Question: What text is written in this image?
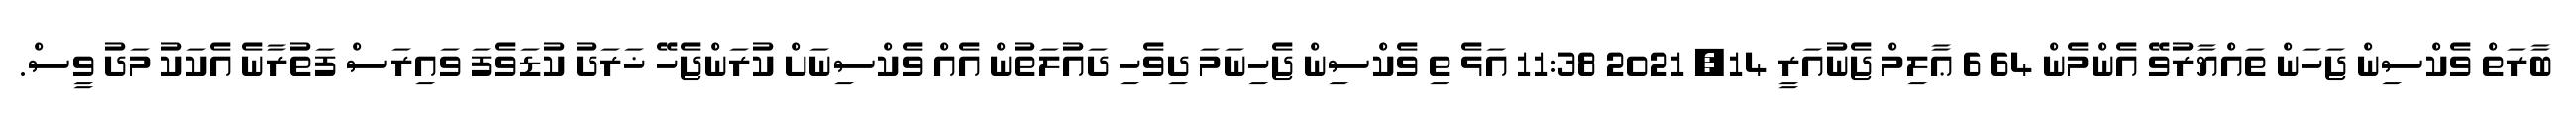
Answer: ބާރަތް ވެކްސިން ޖަހަން ތައްޔާރުވޭ އެންމެން 64 6 ޢާލިމް ޖެނުއަރީ 14, 2021 11:38 އަޅެ ތި ވެކްސިން ޖެހިނަމަ ދިވެހި ދައުލަތުން އެއް ވެކްސިނަށް ކުރަންޖެހޭ ޚަރަދު ކުޑަވެފަ ވައިރަސް ފަތުރާނެ އެކަކު މަދު ވީސް.